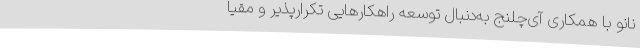
نانو با همکاری آی‌چلنج به‌دنبال توسعه راهکارهایی تکرارپذیر و مقیا